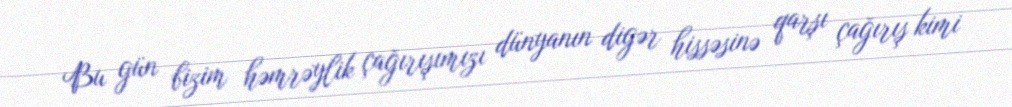
Bu gün bizim həmrəylik çağırışımızı dünyanın digər hissəsinə qarşı çağırış kimi